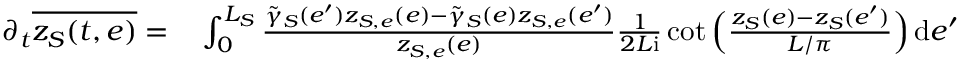
\begin{array} { r l } { \partial _ { t } \overline { { z _ { S } ( t , e ) } } = } & { { } \int _ { 0 } ^ { L _ { S } } \frac { \tilde { \gamma } _ { S } ( e ^ { \prime } ) z _ { S , e } ( e ) - \tilde { \gamma } _ { S } ( e ) z _ { S , e } ( e ^ { \prime } ) } { z _ { S , e } ( e ) } \frac 1 { 2 L \mathrm { i } } \cot \Big ( \frac { z _ { S } ( e ) - z _ { S } ( e ^ { \prime } ) } { L / \pi } \Big ) \, \mathrm { d } e ^ { \prime } } \end{array}